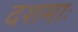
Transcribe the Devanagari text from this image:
दशमाः